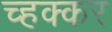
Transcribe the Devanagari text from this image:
च्हक्कर